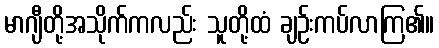
မာဂျီတို့အသိုက်ကလည်း သူတို့ထံ ချဉ်းကပ်လာကြ၏။